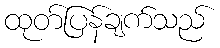
ထုတ်ပြန်ချက်သည်